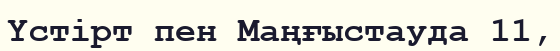
Үстірт пен Маңғыстауда 11,